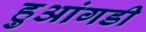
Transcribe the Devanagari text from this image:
हुआंगडी